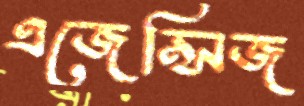
এজেন্সিজ